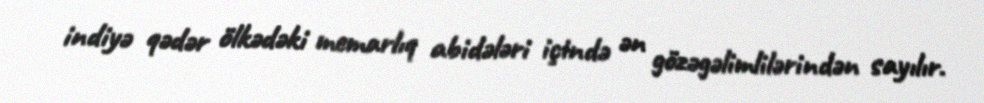
indiyə qədər ölkədəki memarlıq abidələri içində ən gözəgəlimlilərindən sayılır.